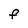
Character: F